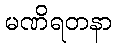
မဏိရတနာ